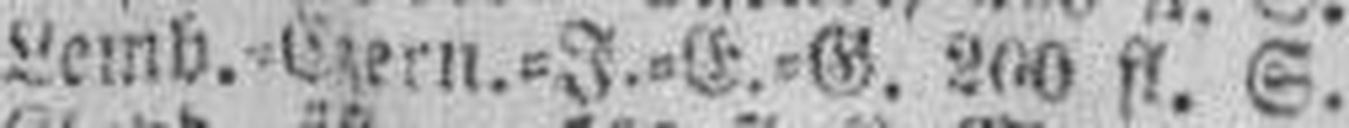
Lemb.=Czern.=J.=E.=G. 200 fl. S.